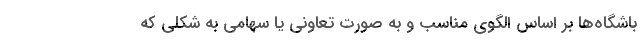
باشگاه‌ها بر اساس الگوی مناسب و به صورت تعاونی یا سهامی به شکلی که